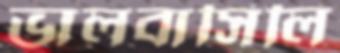
ভালবাসিলি